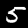
Digit: 5